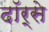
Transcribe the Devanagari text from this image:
दॉर्से